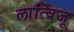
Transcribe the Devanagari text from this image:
लात्विजू